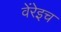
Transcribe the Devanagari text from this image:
वेंरेइच